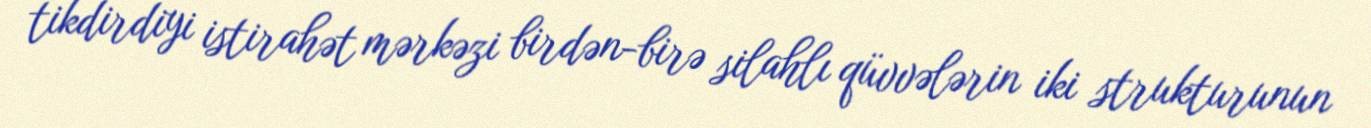
tikdirdiyi istirahət mərkəzi birdən-birə silahlı qüvvələrin iki strukturunun